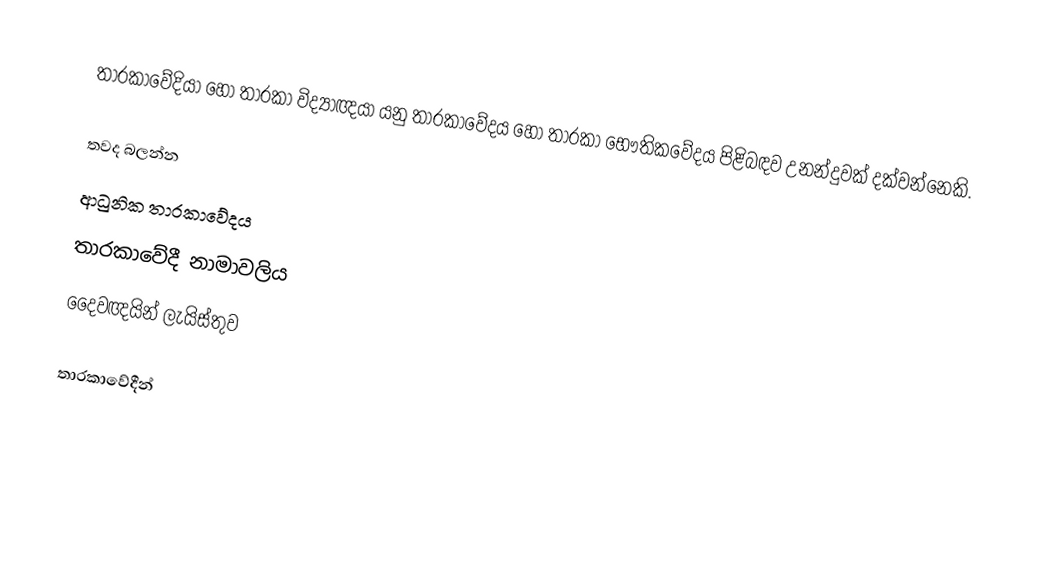
තාරකාවේදියා හෝ තාරකා විද්‍යාඥයා යනු තාරකාවේදය හෝ තාරකා භෞතිකවේදය පිළිබඳව උනන්දුවක් දක්වන්නෙකි.

තවද බලන්න
 ආධුනික තාරකාවේදය
 තාරකාවේදී නාමාවලිය
 දෛවඥයින් ලැයිස්තුව

තාරකාවේදීන්